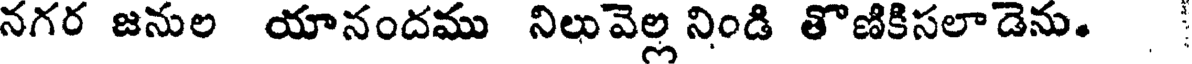
నగర జనుల యానందము నిలువెల్ల నిండి తొణికిసలాడెను.